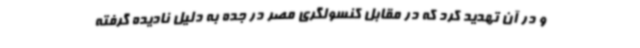
و در آن تهدید کرد که در مقابل کنسولگری مصر در جده به دلیل نادیده گرفته